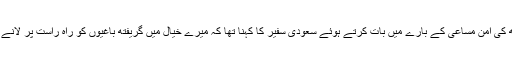
اقوام متحدہ کے یمن کے لیے خصوصی مندوب مارٹن گریفتھ کی امن مساعی کے بارے میں بات کرتے ہوئے سعودی سفیر کا کہنا تھا کہ میرے خیال میں گریفتھ باغیوں کو راہ راست پر لانے کے لیے تا حال کوئی قابل ذکر پیش رفت نہیں کر پائے ہیں۔